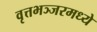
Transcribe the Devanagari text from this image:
वृत्तभञ्जरमध्ये